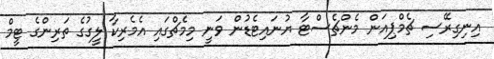
އިނިގިރޭސި ޗެމްޕިއަން މެންޗެސްޓާ ޔުނައިޓެޑުން ވަނީ މިމެޗްގައި އެމެރިކާ ލީގުގެ ތަރިންގެ ޓީމް